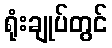
ရုံးချုပ်တွင်